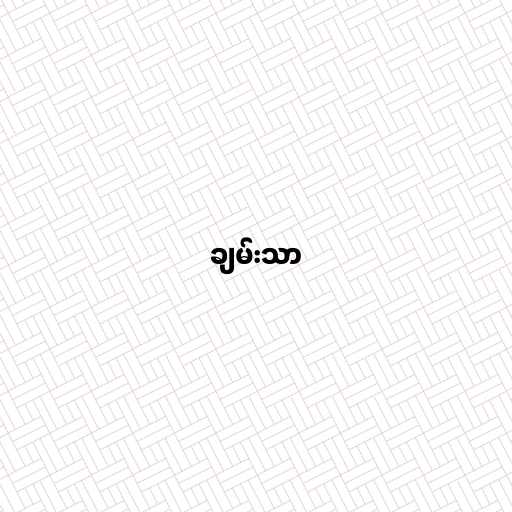
ချမ်းသာ